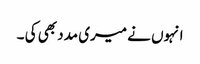
انہوں نے میری مدد بھی کی ۔